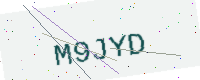
Text: M9JYD